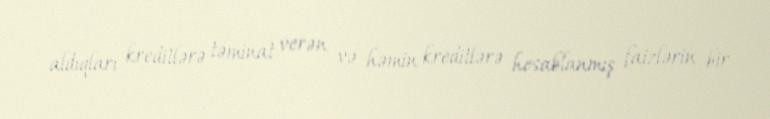
aldıqları kreditlərə təminat verən və həmin kreditlərə hesablanmış faizlərin bir